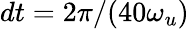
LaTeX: dt=2\pi/(40\omega_{u})